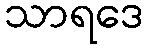
သာရဒေ